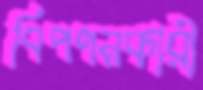
বিপণনকারী